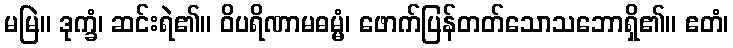
မမြဲ။ ဒုက္ခံ၊ ဆင်းရဲ၏။ ဝိပရိဏာမဓမ္မံ၊ ဖောက်ပြန်တတ်သောသဘောရှိ၏။ ဧတံ၊